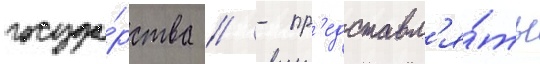
госуда́рства // - пр'едставл'я́ть